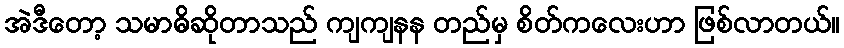
အဲဒီတော့ သမာဓိဆိုတာသည် ကျကျနန တည်မှ စိတ်ကလေးဟာ ဖြစ်လာတယ်။